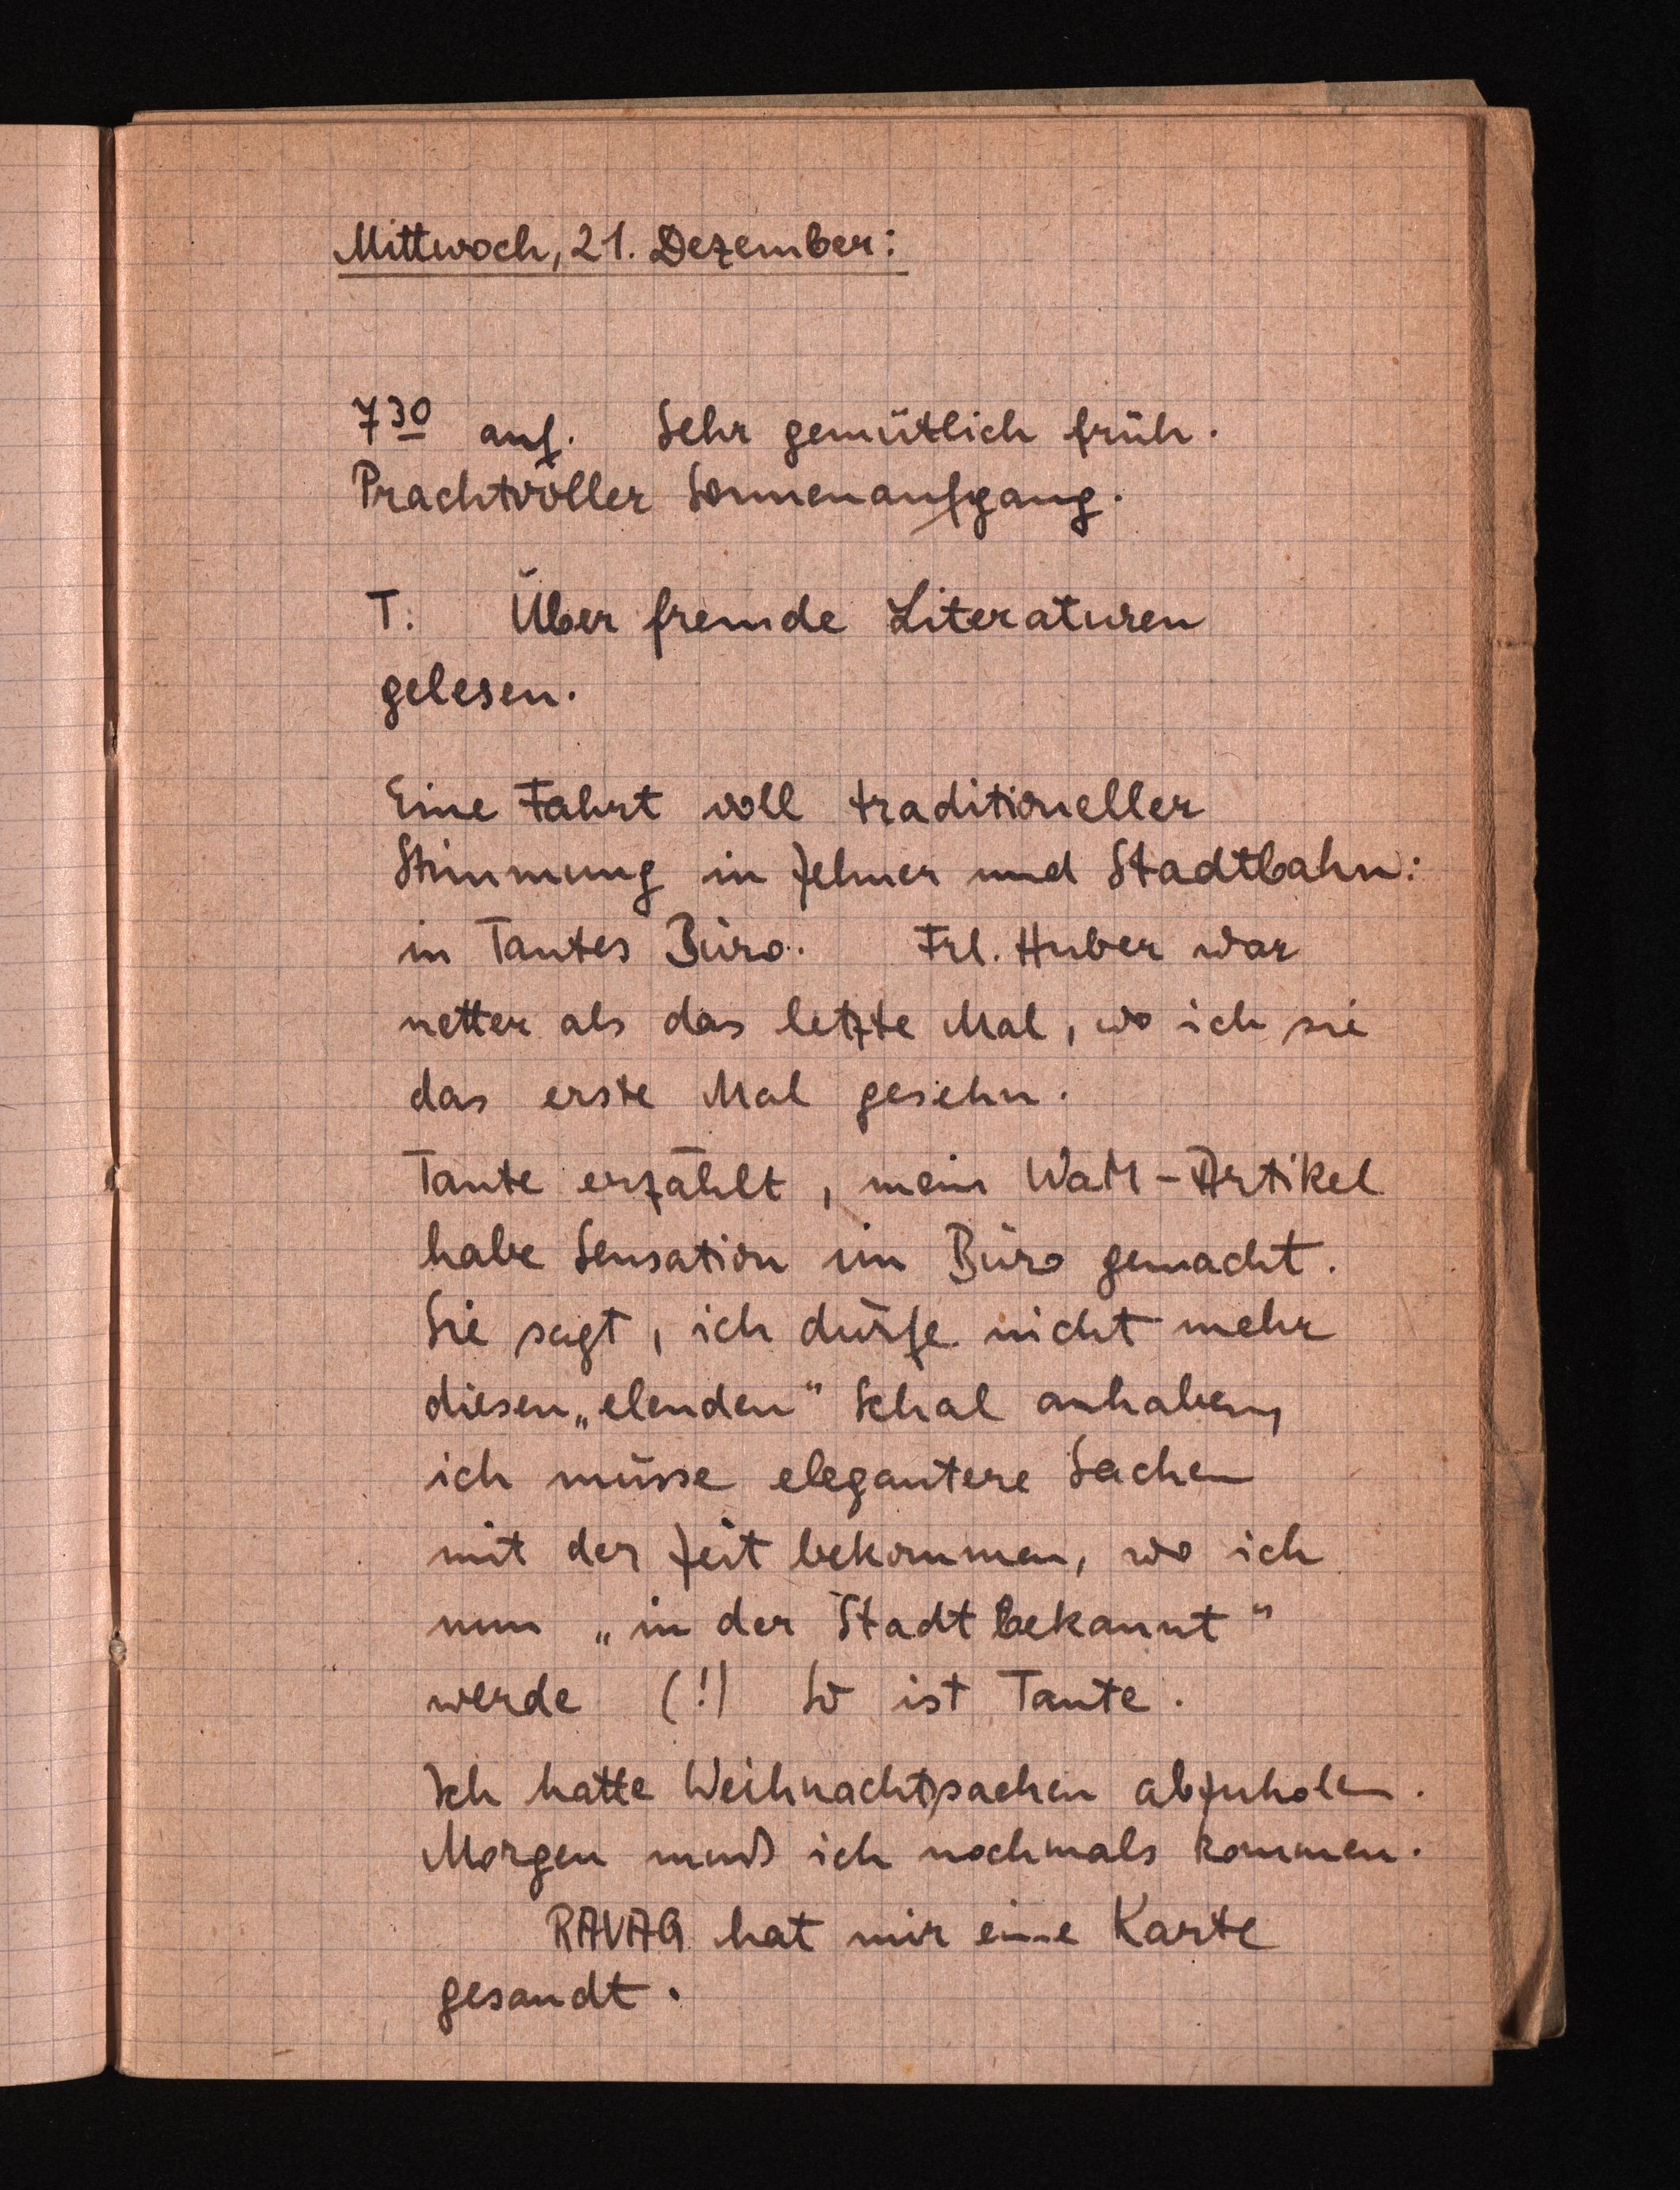
Mittwoch, 21.Dezember:
730 auf. Sehr gemütlich früh.
PrachtvollerSonnenaufgang.
T:. Über fremde Literaturen
gelesen.
Eine Fahrt voll traditioneller
Stimmung in Zehner und Stadtbahn:
inTantes Büro. Frl. Huber war
netter als das letzte Mal, wo ich sie
daserste Mal gesehen.
Tante erzählt, mein WaM-Artikel
habe Sensation im Büro gemacht.
Siesagt, ich dürfe nicht mehr
diesen "elenden" Schal anhaben,
ich müsseelegantere Sachen
mit der Zeit bekommen, wo ich
nun "in der Stadtbekannt"
werde (!) So ist Tante.
Ich hatte Weihnachtssachen abzuholen.
Morgen muß ich nochmals kommen.
RAVAG hat mir eine Karte
gesandt